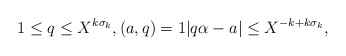
\begin{align*}1\le q\le X^{k\sigma_k},(a, q)=1|q\alpha-a|\le X^{-k+k\sigma_k},\end{align*}